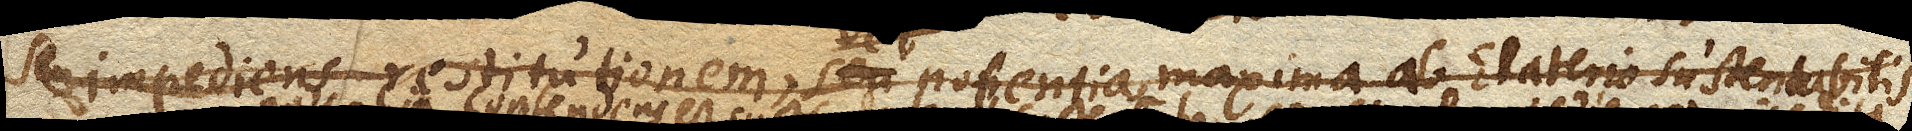
impediens restitutionem, seusustinens Elaterium sustentabilis